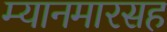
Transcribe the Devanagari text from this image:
म्यानमारसह